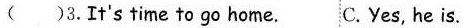
( )3.It's time to go home. C.Yes, he is.